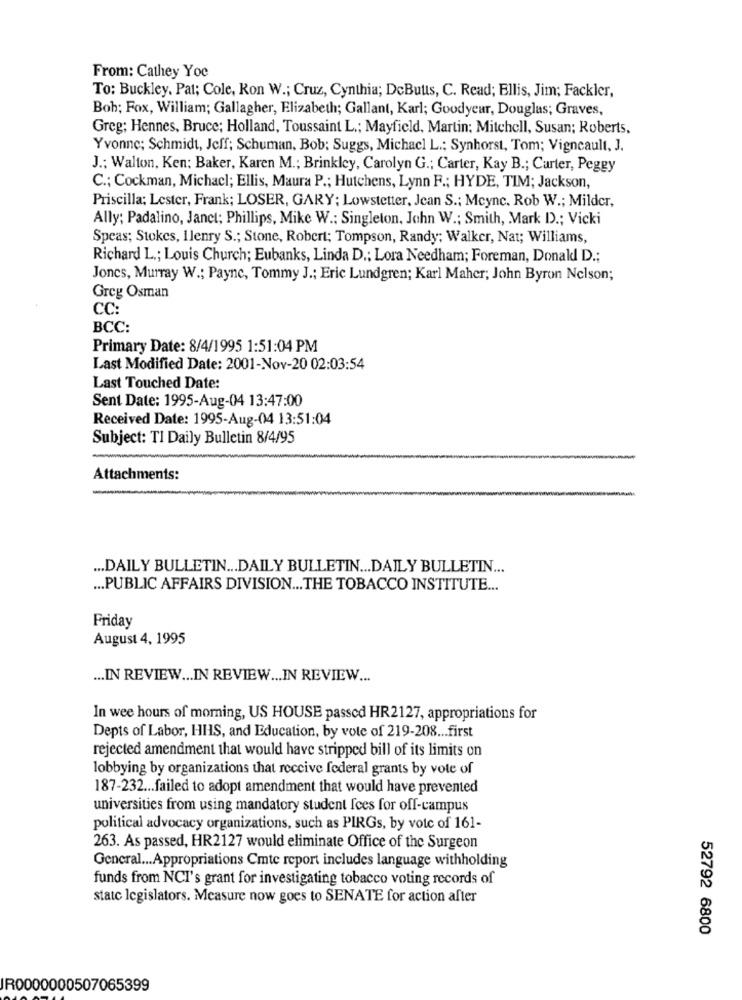
From: Cathey Yoc
To: Buckley. Pat; Cole, Kon W .; Cruz, Cynthia; DeButts, C. Read; Ellis, Jim; Fackler,
Bob; Fox, William; Gallagher, Elizabeth; Gallant, Karl; Goodyear, Douglas; Graves,
Greg; Hennes, Bruce; Holland, Toussaint L .; Mayfield, Martin: Mitchell, Susan; Roberts,
Yvonne; Schmidt, Jeff; Schuman, Bob: Suggs, Michacl L .; Synhorst, Tom; Vigneault, J.
J .; Walton, Ken: Baker, Karen M .; Brinkley, Carolyn G .; Carter, Kay B .; Carter, Peggy
C .; Cockman, Michacl; Ellis, Maura P .; Hutchens, Lynn F .; HYDE, TIM; Jackson,
Priscilla; Lester, Frank; LOSER, GARY; Lowstetter, Jean S .; Meync. Rob W .; Milder,
Ally; Padalino, Janct; Phillips, Mike W .: Singleton, John W .; Smith, Mark D .; Vicki
Speas; Stokes, Ilenry S .; Stone, Robert; Tompson, Randy; Walker, Nat; Williams,
Richard L .; Louis Church; Eubanks, Linda D .; Lora Needham; Foreman, Donald D .;
Jones, Murray W .; Payne, Tommy J .; Eric Lundgren; Karl Maher; John Byron Nelson;
Greg Osman
CC:
BCC:
Primary Date: 8/4/1995 1:51:04 PM
Last Modified Date: 2001-Nov-20 02:03:54
Last Touched Date:
Sent Date: 1995-Aug-04 13:47:00
Received Date: 1995-Aug-04 13:51:04
Subject: TI Daily Bulletin 8/4/95
Attachments:
... DAILY BULLETIN ... DAILY BULLETIN ... DAILY BULLETIN ...
... PUBLIC AFFAIRS DIVISION ... THE TOBACCO INSTITUTE ...
Friday
August 4, 1995
... IN REVIEW ... IN REVIEW ... IN REVIEW ...
In wee hours of moring, US HOUSE passed HR2127, appropriations for
Depts of Labor, HHS, and Education, by vote of 219-208 ... first
rejected amendment that would have stripped bill of its limits on
lobbying by organizations that receive federal grants by vote of
187-232 ... failed to adopt amendment that would have prevented
universities from using mandatory student fees for off-campus
political advocacy organizations, such as PIRGs, by vote of 161-
263. As passed, HR2127 would eliminate Office of the Surgeon
General ... Appropriations Cmte report includes language withholding
funds from NCI's grant for investigating tobacco voting records of
statc legislators. Measure now goes to SENATE for action after
52792 6800
IR0000000507065399